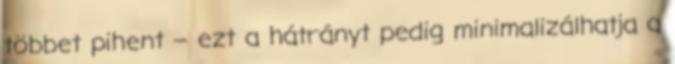
többet pihent – ezt a hátrányt pedig minimalizálhatja a